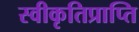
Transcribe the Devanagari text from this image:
स्वीकृतिप्राप्ति